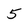
Character: 5